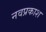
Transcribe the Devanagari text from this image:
नवप्रकाश